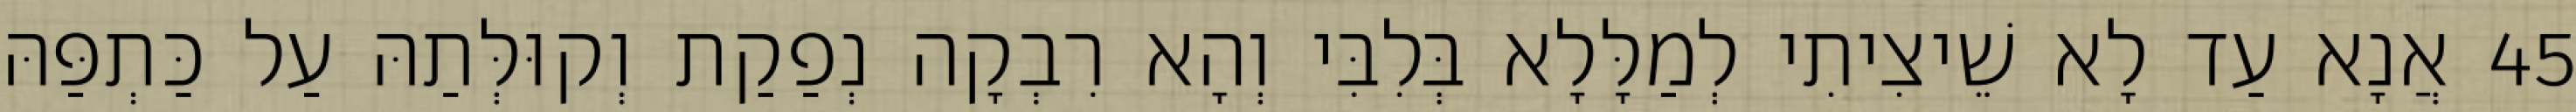
45 אֲנָא עַד לָא שֵׁיצִיתִי לְמַלָּלָא בְּלִבִּי וְהָא רִבְקָה נְפַקַת וְקוּלְּתַהּ עַל כַּתְפַּהּ